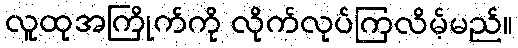
လူထုအကြိုက်ကို လိုက်လုပ်ကြလိမ့်မည်။